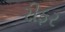
રીફર